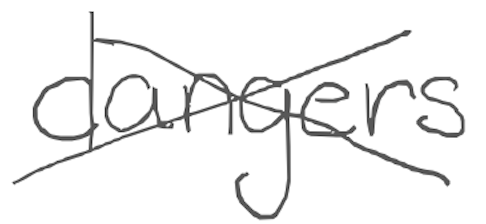
Text: dangers
Cross-out: cross
Writing tool: digital_gray